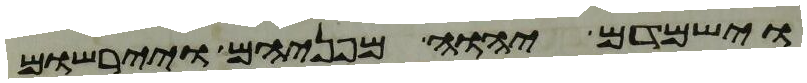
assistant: וישמדם יהוה מפניהם ויירשום